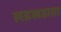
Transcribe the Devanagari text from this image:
लडखडाता